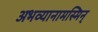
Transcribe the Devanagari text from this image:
अभव्यानामस्मिन्